Vaccination North-Western Provinces 1866-1877 - 1866-1877
Year: 1866
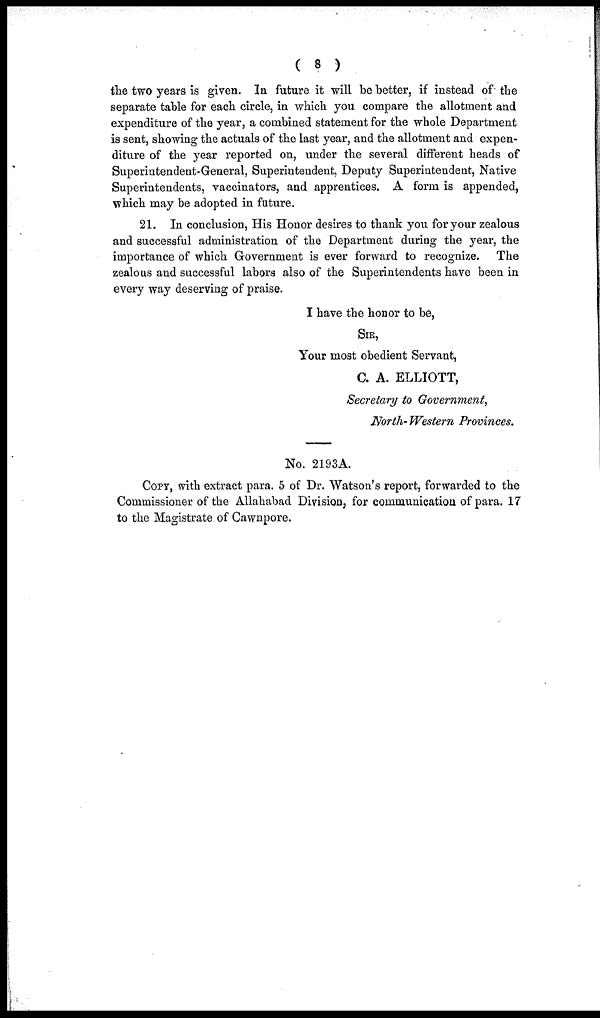
( 8 )
the two years is given. In future it will be better, if instead of the
separate table for each circle, in which you compare the allotment and
expenditure of the year, a combined statement for the whole Department
is sent, showing the actuals of the last year, and the allotment and expen-
diture of the year reported on, under the several different heads of
Superintendent-General, Superintendent, Deputy Superintendent, Native
Superintendents, vaccinators, and apprentices. A form is appended,
which may be adopted in future.
21. In conclusion, His Honor desires to thank you for your zealous
and successful administration of the Department during the year, the
importance of which Government is ever forward to recognize. The
zealous and successful labors also of the Superintendents have been in
every way deserving of praise.
I have the honor to be,
SIR,
Your most obedient Servant,
C. A. ELLIOTT,
Secretary to Government,
North- Western Provinces,
No. 2193A.
COPY, with extract para. 5 of Dr. Watson's report, forwarded to the
Commissioner of the Allahabad Division, for communication of para. 17
to the Magistrate of Cawnpore.